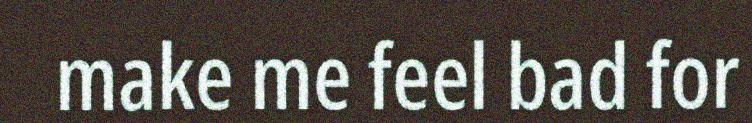
make me feel bad for